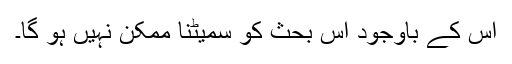
اس کے باوجود اس بحث کو سمیٹنا ممکن نہیں ہو گا۔